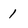
Character: 1